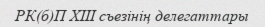
РК(б)П XIII съезінің делегаттары